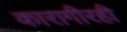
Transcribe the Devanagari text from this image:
कारागीरही